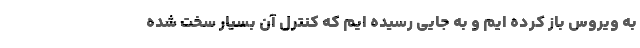
به ویروس باز کرده ایم و به جایی رسیده ایم که کنترل آن بسیار سخت شده